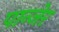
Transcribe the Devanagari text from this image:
पान्जेर